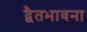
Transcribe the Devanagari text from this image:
द्वैतभावना